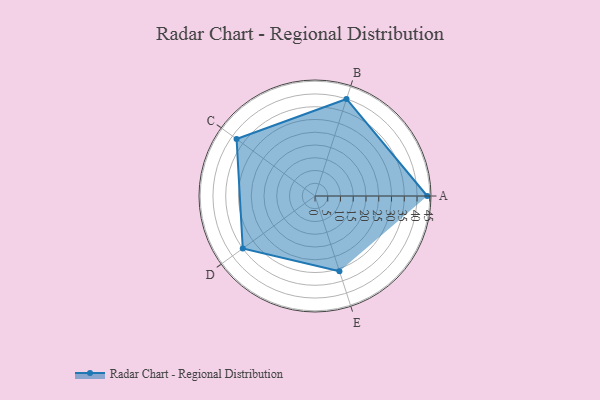
{"axis": {"x": "Skill", "y": "Score"}, "legend": ["Profile"], "data": [{"x": "A", "y": 44.0, "type": "Profile"}, {"x": "B", "y": 40.0, "type": "Profile"}, {"x": "C", "y": 38.0, "type": "Profile"}, {"x": "D", "y": 35.0, "type": "Profile"}, {"x": "E", "y": 31.0, "type": "Profile"}]}